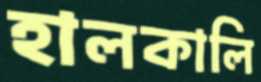
হালকালি